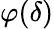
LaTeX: \varphi(\delta)